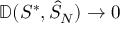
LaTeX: \mathbb { D } ( S ^ { * } , { \hat { S } } _ { N } ) \rightarrow 0